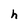
Character: h